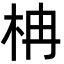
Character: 柟